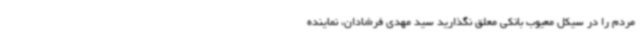
مردم را در سیکل معیوب بانکی معلق نگذارید سید مهدی فرشادان، نماینده